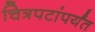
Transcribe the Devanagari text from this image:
चित्रपटांपर्यंत